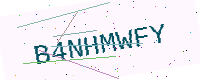
Text: B4NHMWFY